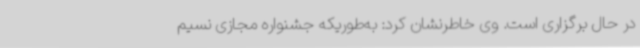
در حال برگزاری است. وی خاطرنشان کرد: به‌طوریکه جشنواره مجازی نسیم